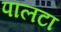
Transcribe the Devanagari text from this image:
पालटा